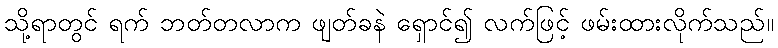
သို့ရာတွင် ရက် ဘတ်တလာက ဖျတ်ခနဲ ရှောင်၍ လက်ဖြင့် ဖမ်းထားလိုက်သည်။